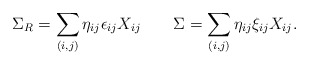
\begin{align*}\Sigma_R=\sum_{(i,j)}\eta_{ij}\epsilon_{ij}X_{ij}\qquad\Sigma=\sum_{(i,j)}\eta_{ij}\xi_{ij}X_{ij}.\end{align*}